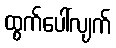
ထွက်ပေါ်လျက်